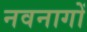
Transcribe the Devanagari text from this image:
नवनागों